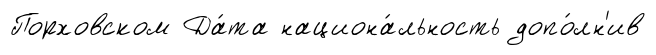
Порховском Да́та национа́льность допо́лн'ив